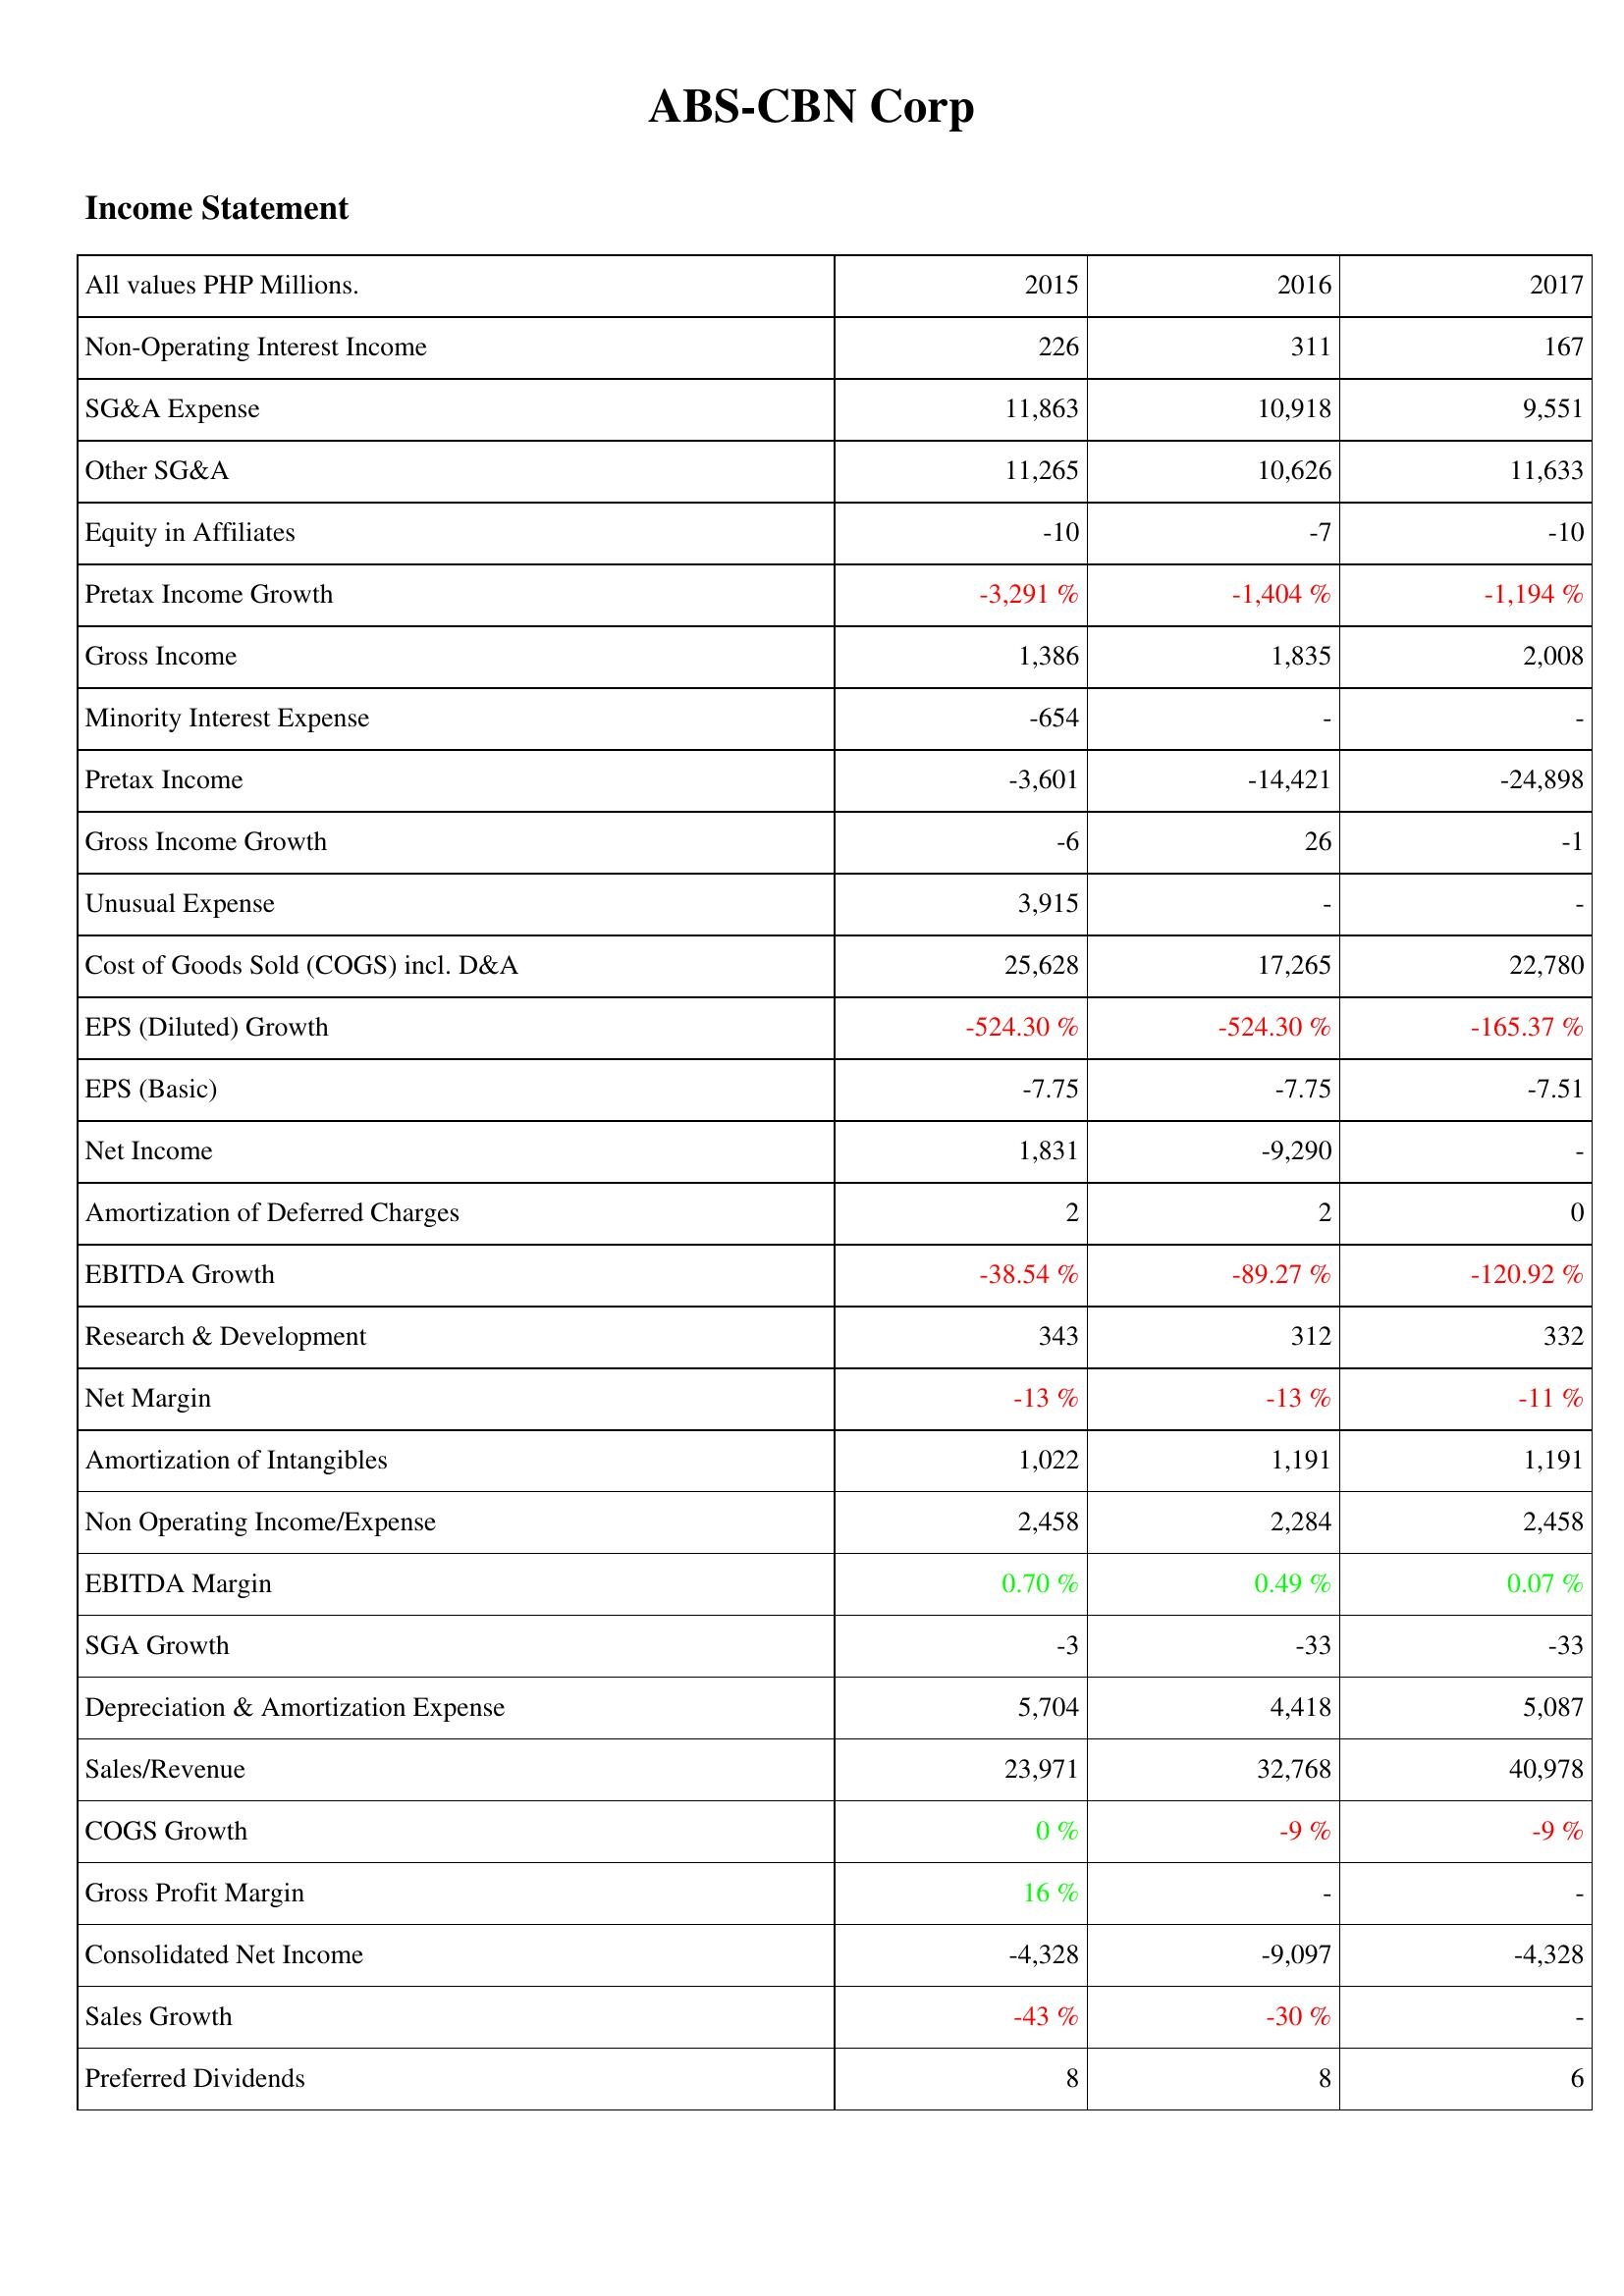
2015: Income Statement: Non-Operating Interest Income: 226
SG&A Expense: 11,863
Other SG&A: 11,265
Equity in Affiliates: -10
Pretax Income Growth: -3,291 %
Gross Income: 1,386
Minority Interest Expense: -654
Pretax Income: -3,601
Gross Income Growth: -6
Unusual Expense: 3,915
Cost of Goods Sold (COGS) incl. D&A: 25,628
EPS (Diluted) Growth: -524.30 %
EPS (Basic): -7.75
Net Income: 1,831
Amortization of Deferred Charges: 2
EBITDA Growth: -38.54 %
Research & Development: 343
Net Margin: -13 %
Amortization of Intangibles: 1,022
Non Operating Income/Expense: 2,458
EBITDA Margin: 0.70 %
SGA Growth: -3
Depreciation & Amortization Expense: 5,704
Sales/Revenue: 23,971
COGS Growth: 0 %
Gross Profit Margin: 16 %
Consolidated Net Income: -4,328
Sales Growth: -43 %
Preferred Dividends: 8
2016: Income Statement: Non-Operating Interest Income: 311
SG&A Expense: 10,918
Other SG&A: 10,626
Equity in Affiliates: -7
Pretax Income Growth: -1,404 %
Gross Income: 1,835
Minority Interest Expense: -
Pretax Income: -14,421
Gross Income Growth: 26
Unusual Expense: -
Cost of Goods Sold (COGS) incl. D&A: 17,265
EPS (Diluted) Growth: -524.30 %
EPS (Basic): -7.75
Net Income: -9,290
Amortization of Deferred Charges: 2
EBITDA Growth: -89.27 %
Research & Development: 312
Net Margin: -13 %
Amortization of Intangibles: 1,191
Non Operating Income/Expense: 2,284
EBITDA Margin: 0.49 %
SGA Growth: -33
Depreciation & Amortization Expense: 4,418
Sales/Revenue: 32,768
COGS Growth: -9 %
Gross Profit Margin: -
Consolidated Net Income: -9,097
Sales Growth: -30 %
Preferred Dividends: 8
2017: Income Statement: Non-Operating Interest Income: 167
SG&A Expense: 9,551
Other SG&A: 11,633
Equity in Affiliates: -10
Pretax Income Growth: -1,194 %
Gross Income: 2,008
Minority Interest Expense: -
Pretax Income: -24,898
Gross Income Growth: -1
Unusual Expense: -
Cost of Goods Sold (COGS) incl. D&A: 22,780
EPS (Diluted) Growth: -165.37 %
EPS (Basic): -7.51
Net Income: -
Amortization of Deferred Charges: 0
EBITDA Growth: -120.92 %
Research & Development: 332
Net Margin: -11 %
Amortization of Intangibles: 1,191
Non Operating Income/Expense: 2,458
EBITDA Margin: 0.07 %
SGA Growth: -33
Depreciation & Amortization Expense: 5,087
Sales/Revenue: 40,978
COGS Growth: -9 %
Gross Profit Margin: -
Consolidated Net Income: -4,328
Sales Growth: -
Preferred Dividends: 6